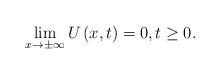
LaTeX: \begin{align*}\lim_{x\rightarrow \pm \infty }U\left( x,t\right) =0,t\geq 0.\end{align*}